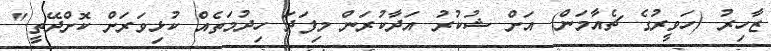
ޒާހިރު (ހަވީރުގެ ޗެއާމަން) އަށް ޝުކުރު އަދާކުރަން މިފަދަ ހިދުމަތެއް ކުޅިވަރަށް ކޮށްދޭތީ."